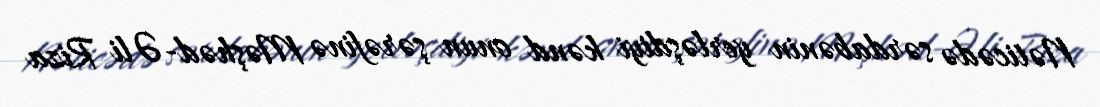
Nəticədə sərdabənin yerləşdiyi kənd onun şərəfinə Məşhəd-Əli Riza